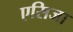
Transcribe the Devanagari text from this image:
एसिजा